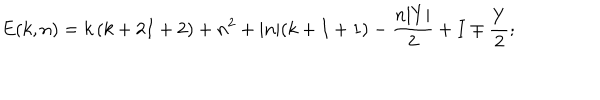
E ( k , n ) = k \left( k + 2 I + 2 \right) + n ^ { 2 } + | n | ( k + I + 1 ) - { \frac { n | Y | } { 2 } } + I \mp { \frac { Y } { 2 } } ; \,